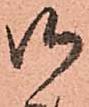
御